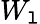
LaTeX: W_{\mathtt{l}}